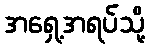
အရှေ့အရပ်သို့